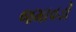
જમાવડો